Statistical return of the lunatic asylum in Assam - 1912-1932
Year: 1912
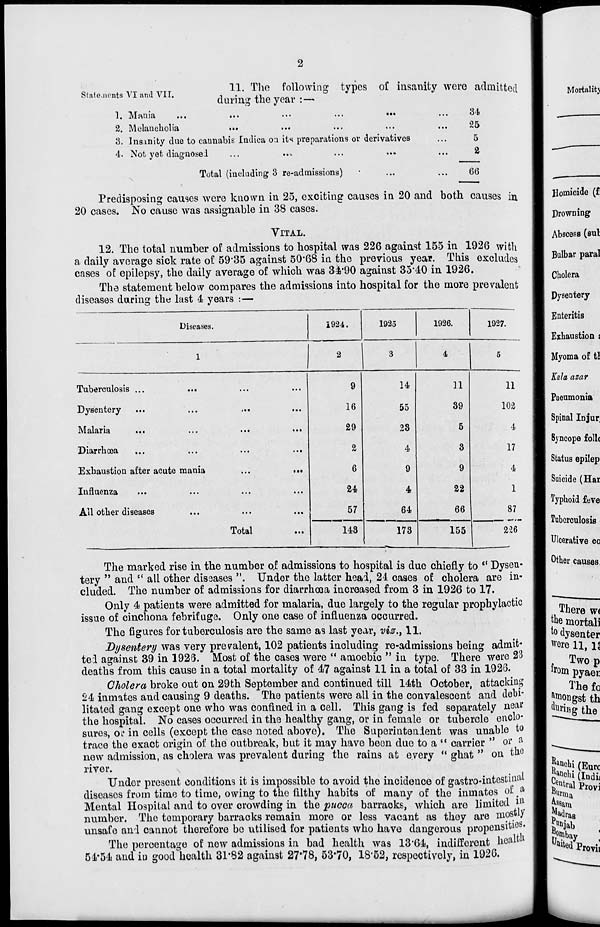
Statements VI and VII.
11. The following types of insanity were admitted
during the year :—
1. Mania
...
...
•••
•••
•••
•••
3 ' 1
2. Melancholia
•••
•••
•••
•••
•••
^
3. Insanity due to caimabis Indica on its preparations or derivatives
...
5
4. Not yet diagnosed
...
••-
•••
•••
•••
"
N
Total (including 3 re-admissions)
66
Predisposing causes were known in 25, exciting causes in 20 and both causes in
20 cases. No cause was assignable in 38 cases.
VITAL.
12. The total number of admissions to hospital was 226 against 155 in 1926 with
a daily average sick rate of 59*35 against 50*68 in the previous year. This excludes
cases of epilepsy, the daily average of which was 31*90 against 35*40 in 1926.
The statement below compares the admissions into hospital for the more prevalent
diseases during the last 4 years :—
Diseases.
1924.
1925
1926.
1927.
1
2
3
4
5
Tuberculosis ...
...
...
...
9
14
n
11
Dysentery
i.«
...
16
55
39
102
Malaria
...
...
29
23
5
4
Diarrhoea
...
•..
2
4
3
17
Exhaustion after acute mania
...
...
6
9
9
4
Influenza
...
...
24
4
22
1
All other diseases
Total
...
57
64
66
87
143
173
155
2:26
The marked rise in the number o.f admissions to hospital is due chiefly to ** Dysen-
tery " and " all other diseases ". Under the latter head, 24 cases of cholera are in-
cluded. The number of admissions for diarrhoaa increased from 3 in 1926 to 17.
Only 4 patients were admitted for malaria, due largely to the regular prophylactic
issue of cinchona febrifuge. Only one case of influenza occurred.
The figures for tuberculosis are the same as last year, viz., 11.
Dysentery was very prevalent, 102 patients including re-admissions being admit-
ted against 39 in 1925. Most of the cases were " amoebic " in type. There were 23
deaths from this cause in a total mortality of 47 against 11 in a total of 33 in 1926.
Cholera broke out on 29th September and continued till 14th October, attacking
24 inmates and causing 9 deaths. The patients were all in the convalescent and debi-
litated gang except one who was confined in a cell. This gang is fed separately near
the hospital. No cases occurred in the healthy gang, or in female or tubercle enclo-
sures, Oi.* in cells (except the case noted above). The Superintendent was unable to
trace the exact origin of the outbreak, but it may have been due to a " carrier " or *
now admission, as cholera was prevalent during the rains at every " ghat " on tho
river.
Under present conditions it is impossible to avoid the incidence of gastro-intestipal
diseases from time to time, owing to the filthy habits of many of the inmates of a
Mental Hospital and to over crowding in the pucca barracks, which are limited HJ
number. The temporary barracks remain more or less vacant as they are mostly
unsafe and cannot therefore bo utilised for patients who have dangerous propensities.
The percentage of new admissions in bad health was 13*64, indifferent heaW
54-54 and in good health 31*82 against 27*78, 53*70, 18*52, respectively, in 1926.